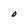
Character: O